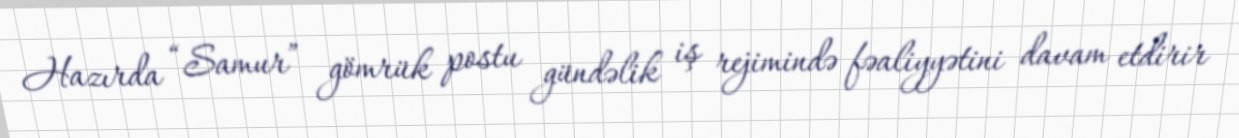
Hazırda “Samur” gömrük postu gündəlik iş rejimində fəaliyyətini davam etdirir